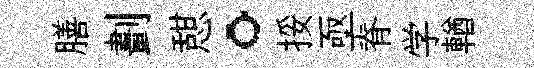
膳劃憇。挼亟脊学輶